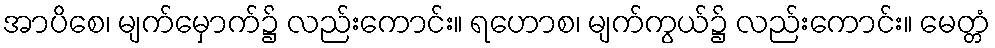
အာပိစေ၊ မျက်မှောက်၌ လည်းကောင်း။ ရဟောစ၊ မျက်ကွယ်၌ လည်းကောင်း။ မေတ္တံ